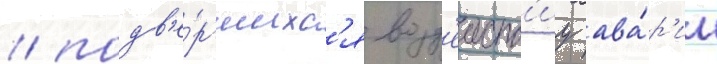
/ подв'е́ргшихс'я возд'еиств'иу ава́р'ии